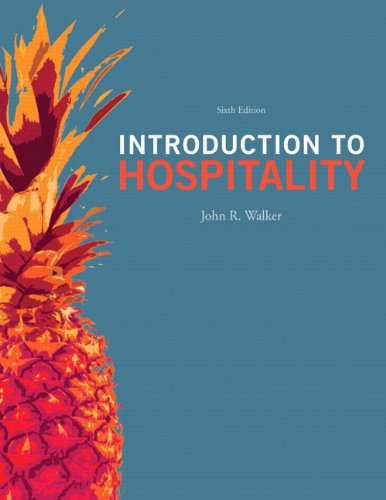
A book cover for Introduction to Hospitality (6th Edition); John R. Walker; Business & Money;